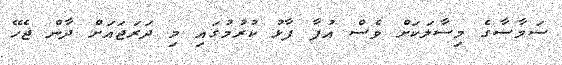
ސަމާސާގެ މިސާލަކަށް ވެސް އުފާ ފާޅު ކުރުމުގައި މި ދަރަޖައަށް ދާން ޖެހޭ